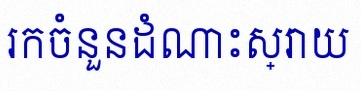
រកចំនួនដំណោះស្រាយ